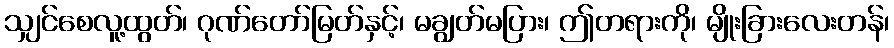
သျှင်စေလူ့ထွတ်၊ ဂုဏ်တော်မြတ်နှင့်၊ မချွတ်မပြား၊ ဤတရားကို၊ မျိုးခြားလေးတန်၊